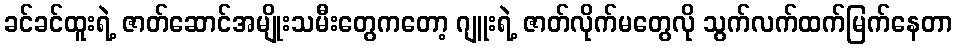
ခင်ခင်ထူးရဲ့ ဇာတ်ဆောင်အမျိုးသမီးတွေကတော့ ဂျူးရဲ့ ဇာတ်လိုက်မတွေလို သွက်လက်ထက်မြက်နေတာ